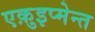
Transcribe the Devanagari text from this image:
एक़ुइप्मेन्त